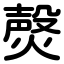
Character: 㷫